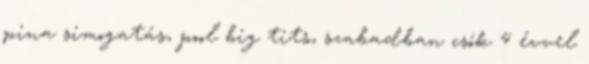
pina simogatás, pool big tits, szabadban csók 4 évvel